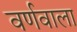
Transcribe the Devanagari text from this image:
वर्णवाला